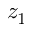
z _ { 1 }